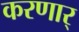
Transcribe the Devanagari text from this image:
करणार्